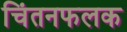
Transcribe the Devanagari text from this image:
चिंतनफलक